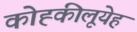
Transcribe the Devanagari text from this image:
कोह्कीलूयेह